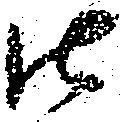
御